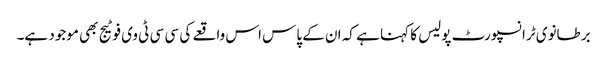
برطانوی ٹرانسپورٹ پولیس کا کہنا ہے کہ ان کے پاس اس واقعے کی سی سی ٹی وی فوٹیج بھی موجود ہے۔